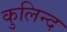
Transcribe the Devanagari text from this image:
कुलिन्द